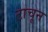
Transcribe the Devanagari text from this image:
टाचून